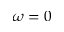
\omega = 0